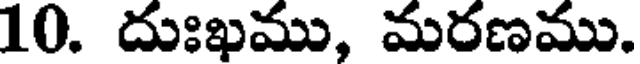
10. దుఃఖము, మరణము.